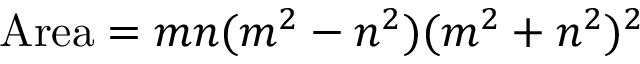
{ \mathrm { A r e a } } = m n ( m ^ { 2 } - n ^ { 2 } ) ( m ^ { 2 } + n ^ { 2 } ) ^ { 2 }